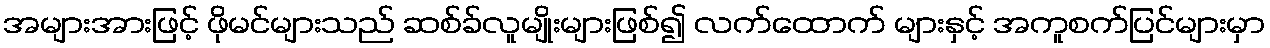
အများအားဖြင့် ဖိုမင်များသည် ဆစ်ခ်လူမျိုးများဖြစ်၍ လက်ထောက် များနှင့် အကူစက်ပြင်များမှာ